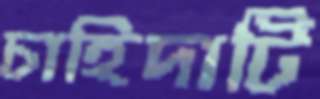
চাহিদাটি